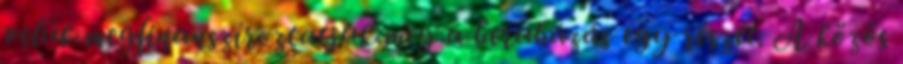
velük megfinanszíroztatjuk meg a beruházás egy részét. A közös